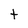
Character: T